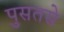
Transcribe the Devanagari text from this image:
पुसतसे